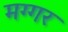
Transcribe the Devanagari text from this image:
मग्गर